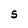
Character: S